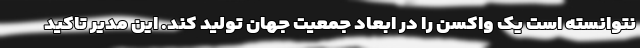
نتوانسته است یک واکسن را در ابعاد جمعیت جهان تولید کند. این مدیر تاکید